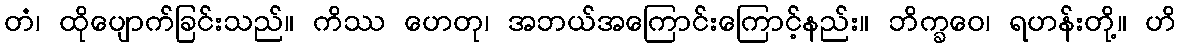
တံ၊ ထိုပျောက်ခြင်းသည်။ ကိဿ ဟေတု၊ အဘယ်အကြောင်းကြောင့်နည်း။ ဘိက္ခဝေ၊ ရဟန်းတို့။ ဟိ